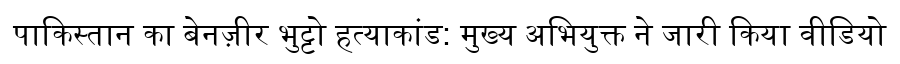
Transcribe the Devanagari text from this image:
पाकिस्तान का बेनज़ीर भुट्टो हत्याकांड: मुख्य अभियुक्त ने जारी किया वीडियो